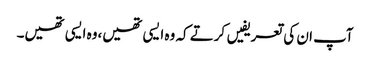
آپ ان کی تعریفیں کرتے کہ وہ ایسی تھیں،وہ ایسی تھیں۔